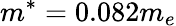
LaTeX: m^{*}=0.082m_{e}